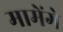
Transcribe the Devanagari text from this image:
मामेंगे